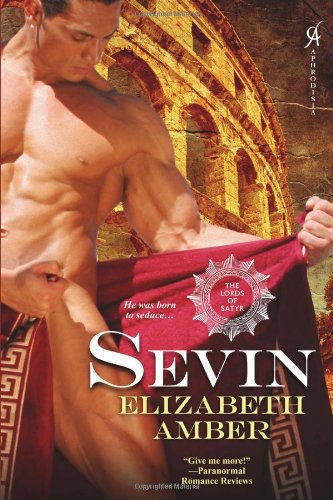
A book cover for Sevin: The Lords of Satyr; Elizabeth Amber; Romance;